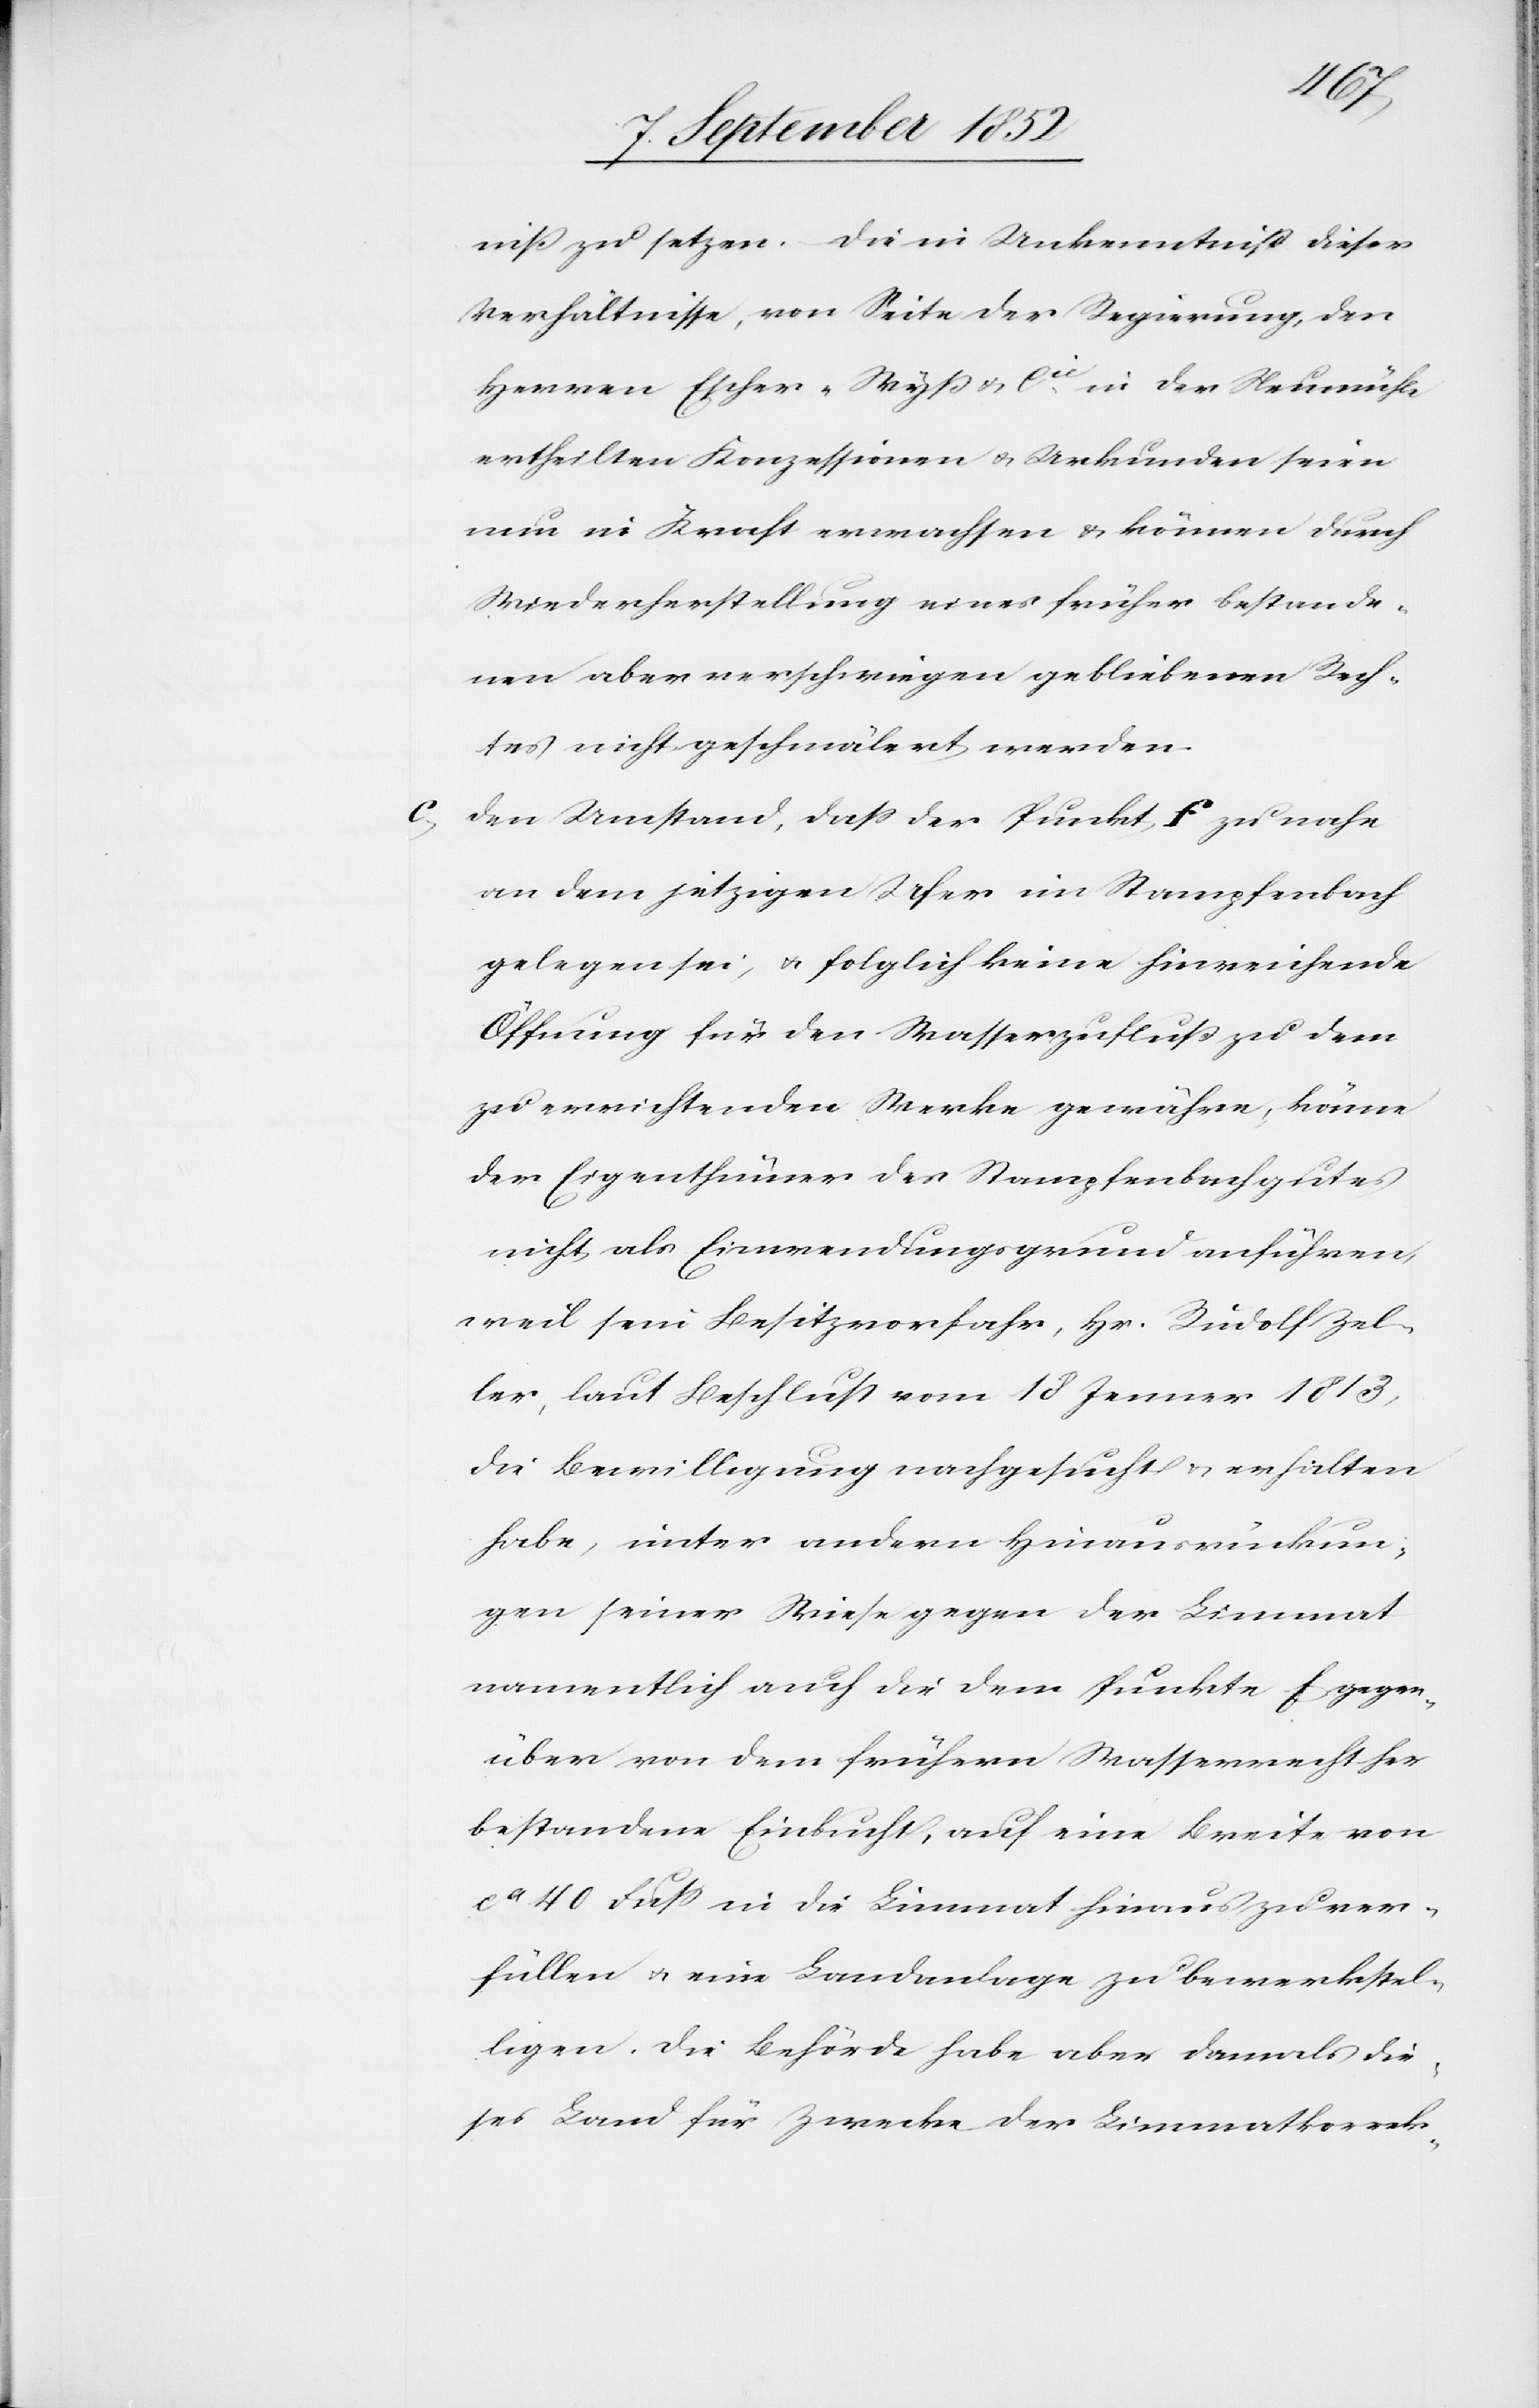
niß zu setzen. – Die in Unkenntniß dieser
Verhältnisse, von Seite der Regierung, den
Herren Escher-Wyß & Cie. in der Neumühle
ertheilten Konzessionen & Urkunden seien
nun in Kraft erwachsen & können durch
Wiederherstellung eines früher bestande¬
nen aber verschwiegen gebliebenen Rech¬
tes nicht geschmälert werden.
den Umstand, dass der Punkt f zu nahe
an dem jetzigen Ufer im Stampfenbach
gelegen sei, & folglich keine hinreichende
Öffnung für den Wasserzufluß zu dem
zu errichtenden Werke gewähre, könne
der Eigenthümer des Stampfenbachgutes
nicht als Einwendungsgrund anführen,
weil sein Besitzvorfahr, Hr. Rudolf Zel¬
ler, laut Beschluss vom 18 Jenner 1813,
die Bewilligung nachgesucht & erhalten
habe, unter andern Hinausrückun¬
gen seiner Wiese gegen der Limmat
namentlich auch die dem Punkte f gegen¬
über von dem frühern Wasserrecht her
bestandene Einbucht, auf eine Breite von
ca 40 Fuss in die Limmat hinaus zu ver¬
füllen & eine Landanlage zu bewerkstel¬
ligen. Die Behörde habe aber damals die¬
ses Land für Zwecke der Limmatkorrek-